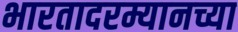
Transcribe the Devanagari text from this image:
भारतादरम्यानच्या